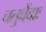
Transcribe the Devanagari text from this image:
चतुर्वेदाः